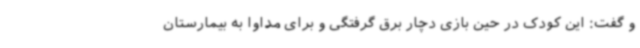
و گفت: این کودک در حین بازی دچار برق گرفتگی و برای مداوا به بیمارستان